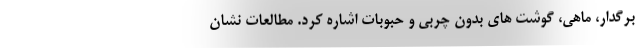
برگدار، ماهی، گوشت های بدون چربی و حبوبات اشاره کرد. مطالعات نشان